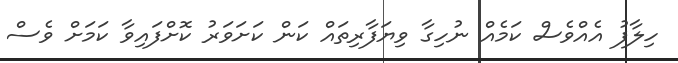
ހިލާފު އެއްވެސް ކަމެއް ނުހިގާ ވިޔަފާރިތައް ކަން ކަށަވަރު ކޮށްފައިވާ ކަމަށް ވެސް